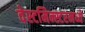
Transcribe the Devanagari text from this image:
वेस्टमिन्स्टरमध्ये